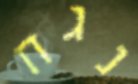
נגח